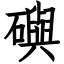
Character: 礖